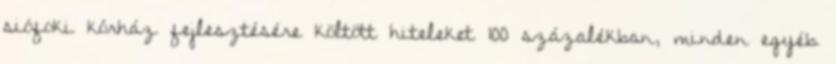
siófoki kórház fejlesztésére költött hiteleket 100 százalékban, minden egyéb